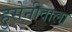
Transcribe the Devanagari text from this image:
हुसेनीवाला